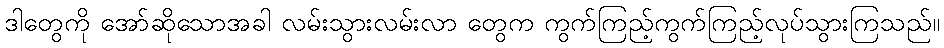
ဒါတွေကို အော်ဆိုသောအခါ လမ်းသွားလမ်းလာ တွေက ကွက်ကြည့်ကွက်ကြည့်လုပ်သွားကြသည်။